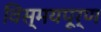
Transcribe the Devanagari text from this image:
विस्मयपूर्ण